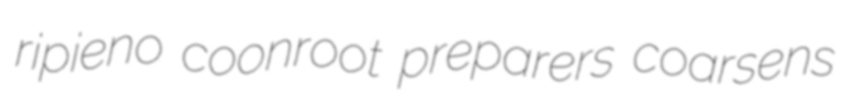
ripieno coonroot preparers coarsens